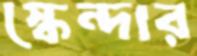
স্কেন্দার